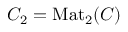
C _ { 2 } = \mathrm { M a t } _ { 2 } ( C )